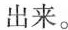
出来。